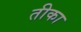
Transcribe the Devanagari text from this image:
तीका